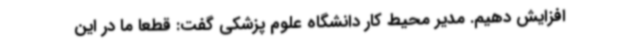
افزایش دهیم. مدیر محیط کار دانشگاه علوم پزشکی گفت: قطعا ما در این